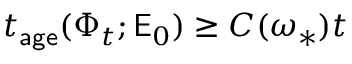
t _ { \mathsf { a g e } } ( \Phi _ { t } ; \mathsf { E } _ { 0 } ) \geq C ( \omega _ { * } ) t